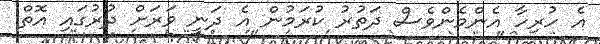
އެ ހުރިހާ އެންމެންވެސް ދަތުރު ކުރަމުން އެ ދަނީ ވަރަށް ދުރުގައި އޮތް